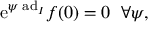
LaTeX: \mathrm { e } ^ { \psi \; \mathrm { a d } _ { I } } f ( 0 ) = 0 \; \; \forall \psi ,